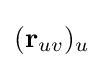
(\mathbf {r} _{uv})_{u}